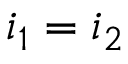
i _ { 1 } = i _ { 2 }